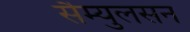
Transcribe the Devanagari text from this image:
सैम्युलसन